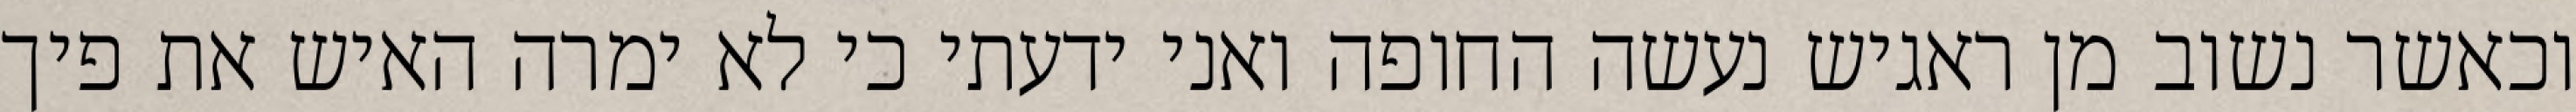
וכאשר נשוב מן ראגיש נעשה החופה ואני ידעתי כי לא ימרה האיש את פיך